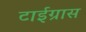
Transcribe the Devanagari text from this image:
टाईग्रास